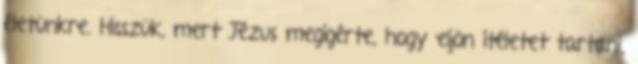
életünkre. Hisszük, mert Jézus megígérte, hogy eljön ítéletet tartani,